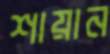
শায়ান